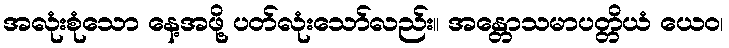
အလုံးစုံသော နေ့အဖို့ ပတ်လုံးသော်လည်း။ အန္တောသမာပတ္တိယံ ယေဝ၊